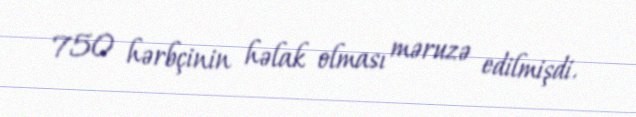
750 hərbçinin həlak olması məruzə edilmişdi.